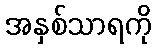
အနှစ်သာရကို